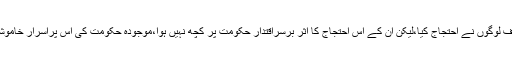
پورے ہندوستان میں ’’گوری لنکیش ‘‘ کے قتل کے خلاف لوگوں نے احتجاج کیا،لیکن ان کے اس احتجاج کا اثر برسراقتدار حکومت پر کچھ نہیں ہوا،موجودہ حکومت کی اس پُراسرار خاموشی کسی اور سنگین نتیجے کی طرف اشارہ کررہی ہیں ۔